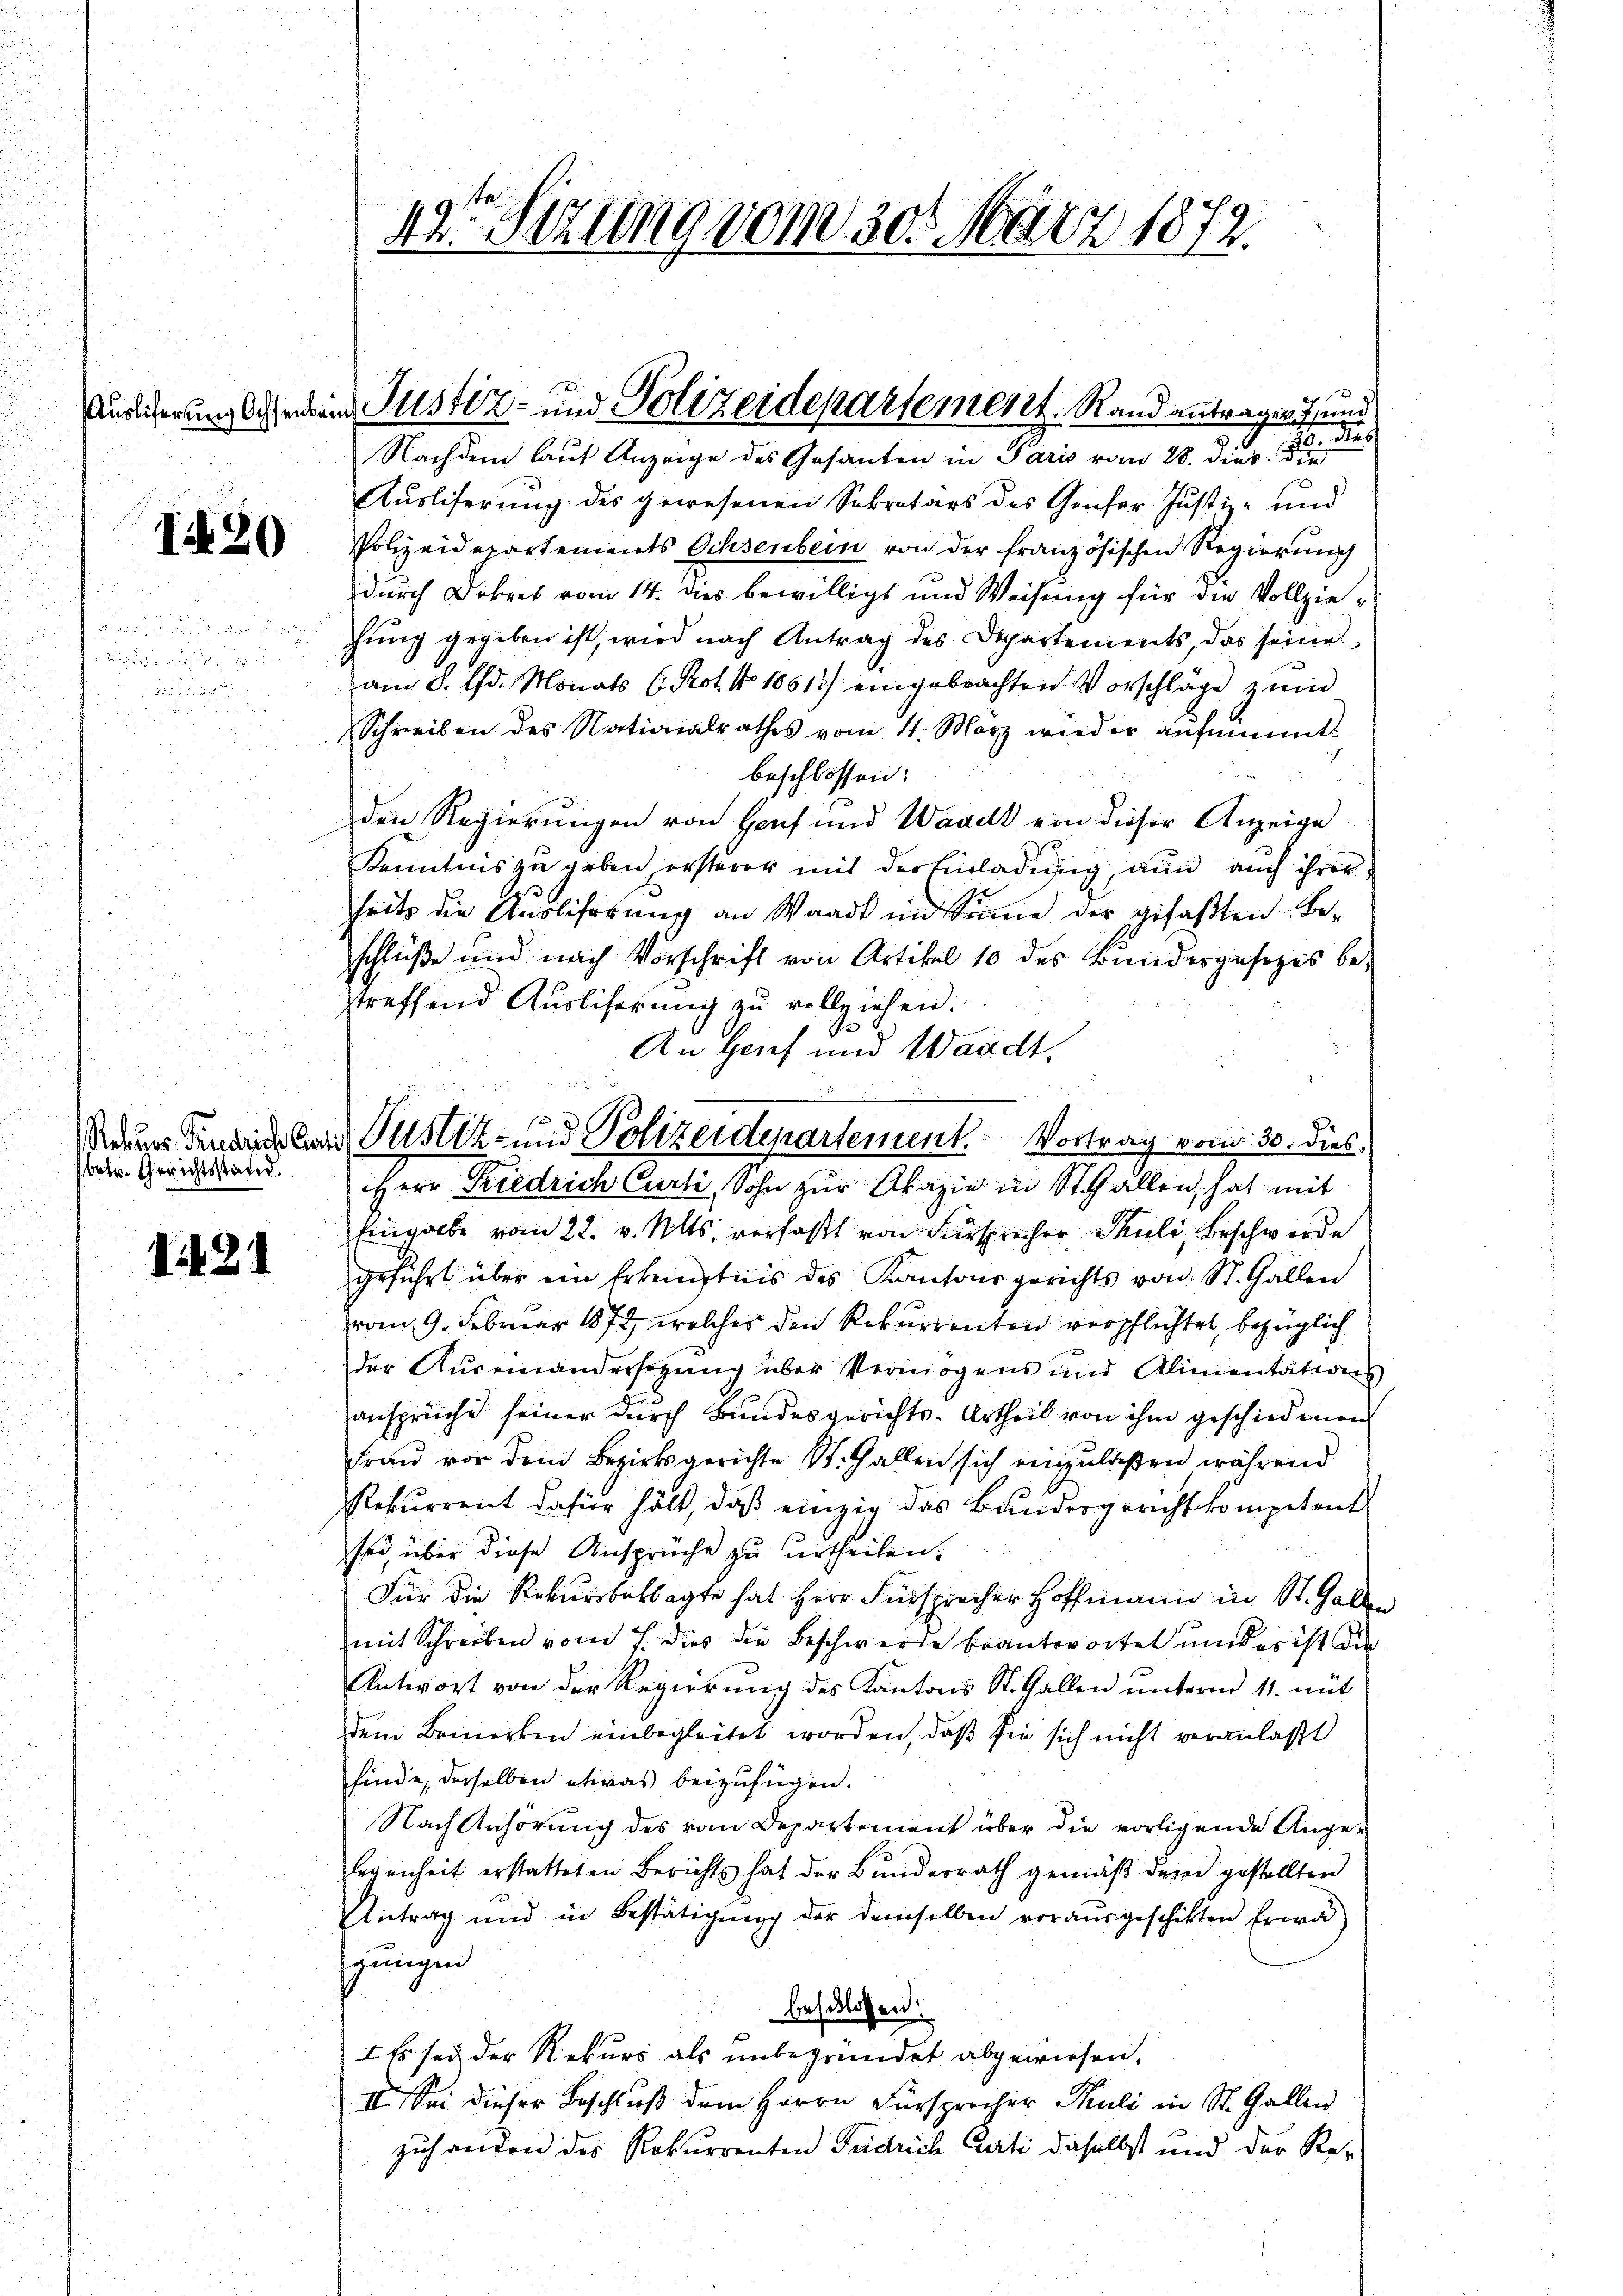
120

.

Rekurs Friedriche Cauti
betr. Gerichtsstand.

i 21

42 Sizung vom 30. März 1872.

s
. durch
Nachdem laut Anzeige des Gesanten in Paris vom 28. dieß d
Ausliserung des gewesenen Sekretärs des Genfer Justiz- und
Polizeidepartements Ochsenbein von der französischen Regierung
durch Dekret vom 14. dies bewilligt und Weisung für die Vollziechung gegeben ist, wird nach Antrag des Departements, das seine
am 8. d. Monats (Prot. No 10613) eingebrachten Vorschläge zum
Schreiben des Nationalrathes vom 4. März wieder aufnannt
beschlossen:
den Regierungen von Hanf und Waadt von dieser Anzeige
Kenntnis zu geben ersterer mit der Einladung, nun auch ihrer
heits die Aŭslehrtŭng an Waadt in Sinne der gefaβten: Be-
schlüße und nach Vorschrift von Artikel 10 des Bundesgesezes bestreffend Ausliserung zu vollziehen.
An Genf und Waadt.
Eingabe vom 22. v. Mts. verfaßt von Fürsprecher Schuli, Beschwerde
geführt über ein Erkenntnis des Kantonsgerichts von St. Gallen
vom 9. Februar 1872, welches den Rekurrenten verpflichtet, bezüglich
der Auseinandersezung über Vermögens und Alinientations
ansprüche seiner durch Bundesgerichts-Urtheil von ihm geschiedenen
Frau vor dem Bezirksgerichte St. Gallen sich einzulaßen während
Rekurrent dahier hält, daß einzig das Bundesgericht kompetent
sei, über diese Ansprüche zu urtheilen.
Für die Rekursbeklagte hat Herr Fürsprecher Hoffmann in St. Gallen
mit Schreiben vom 7. dies die Beschwerde beantwortet und es ist die
Antwort von der Regierung des Kantons St. Gallen unterm 11. mit
dem Bemerken einbegleitet worden, daß sie sich nicht veranlaßt
finde, derselben etwas beizufügen.
Nach Anhörung des vom Departement über die vorligende Ange-
legenheit erstatteten Berichts hat der Bundesrath gemäβ dem gestellten
Antrag und in Bestätigung der demselben vorausgeschikten Erwa
gungen
beschlossen:
I. Es sei der Rekurs als unbegründet abgewiesen,
II. Sei dieser Beschluß dem Herrn Fürsprecher Thuli in St. Gallen
zuhanden des Rekurrenten Fridrich Curti daselbst und der Rez¬

Auslicherung schreiben Justiz- und Polizeidepartement. Rand antragen 7 und

Justiz- und Polizeidepartement. Vortrag vom 30. dies,
Herr Friedrich Curti, Sohn zur Akazie in Ställen, hat mit

e